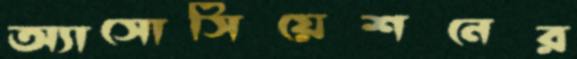
অ্যাসোসিয়েশনের